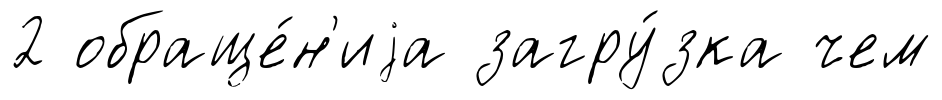
2 обраще́н'иjа загру́зка чем